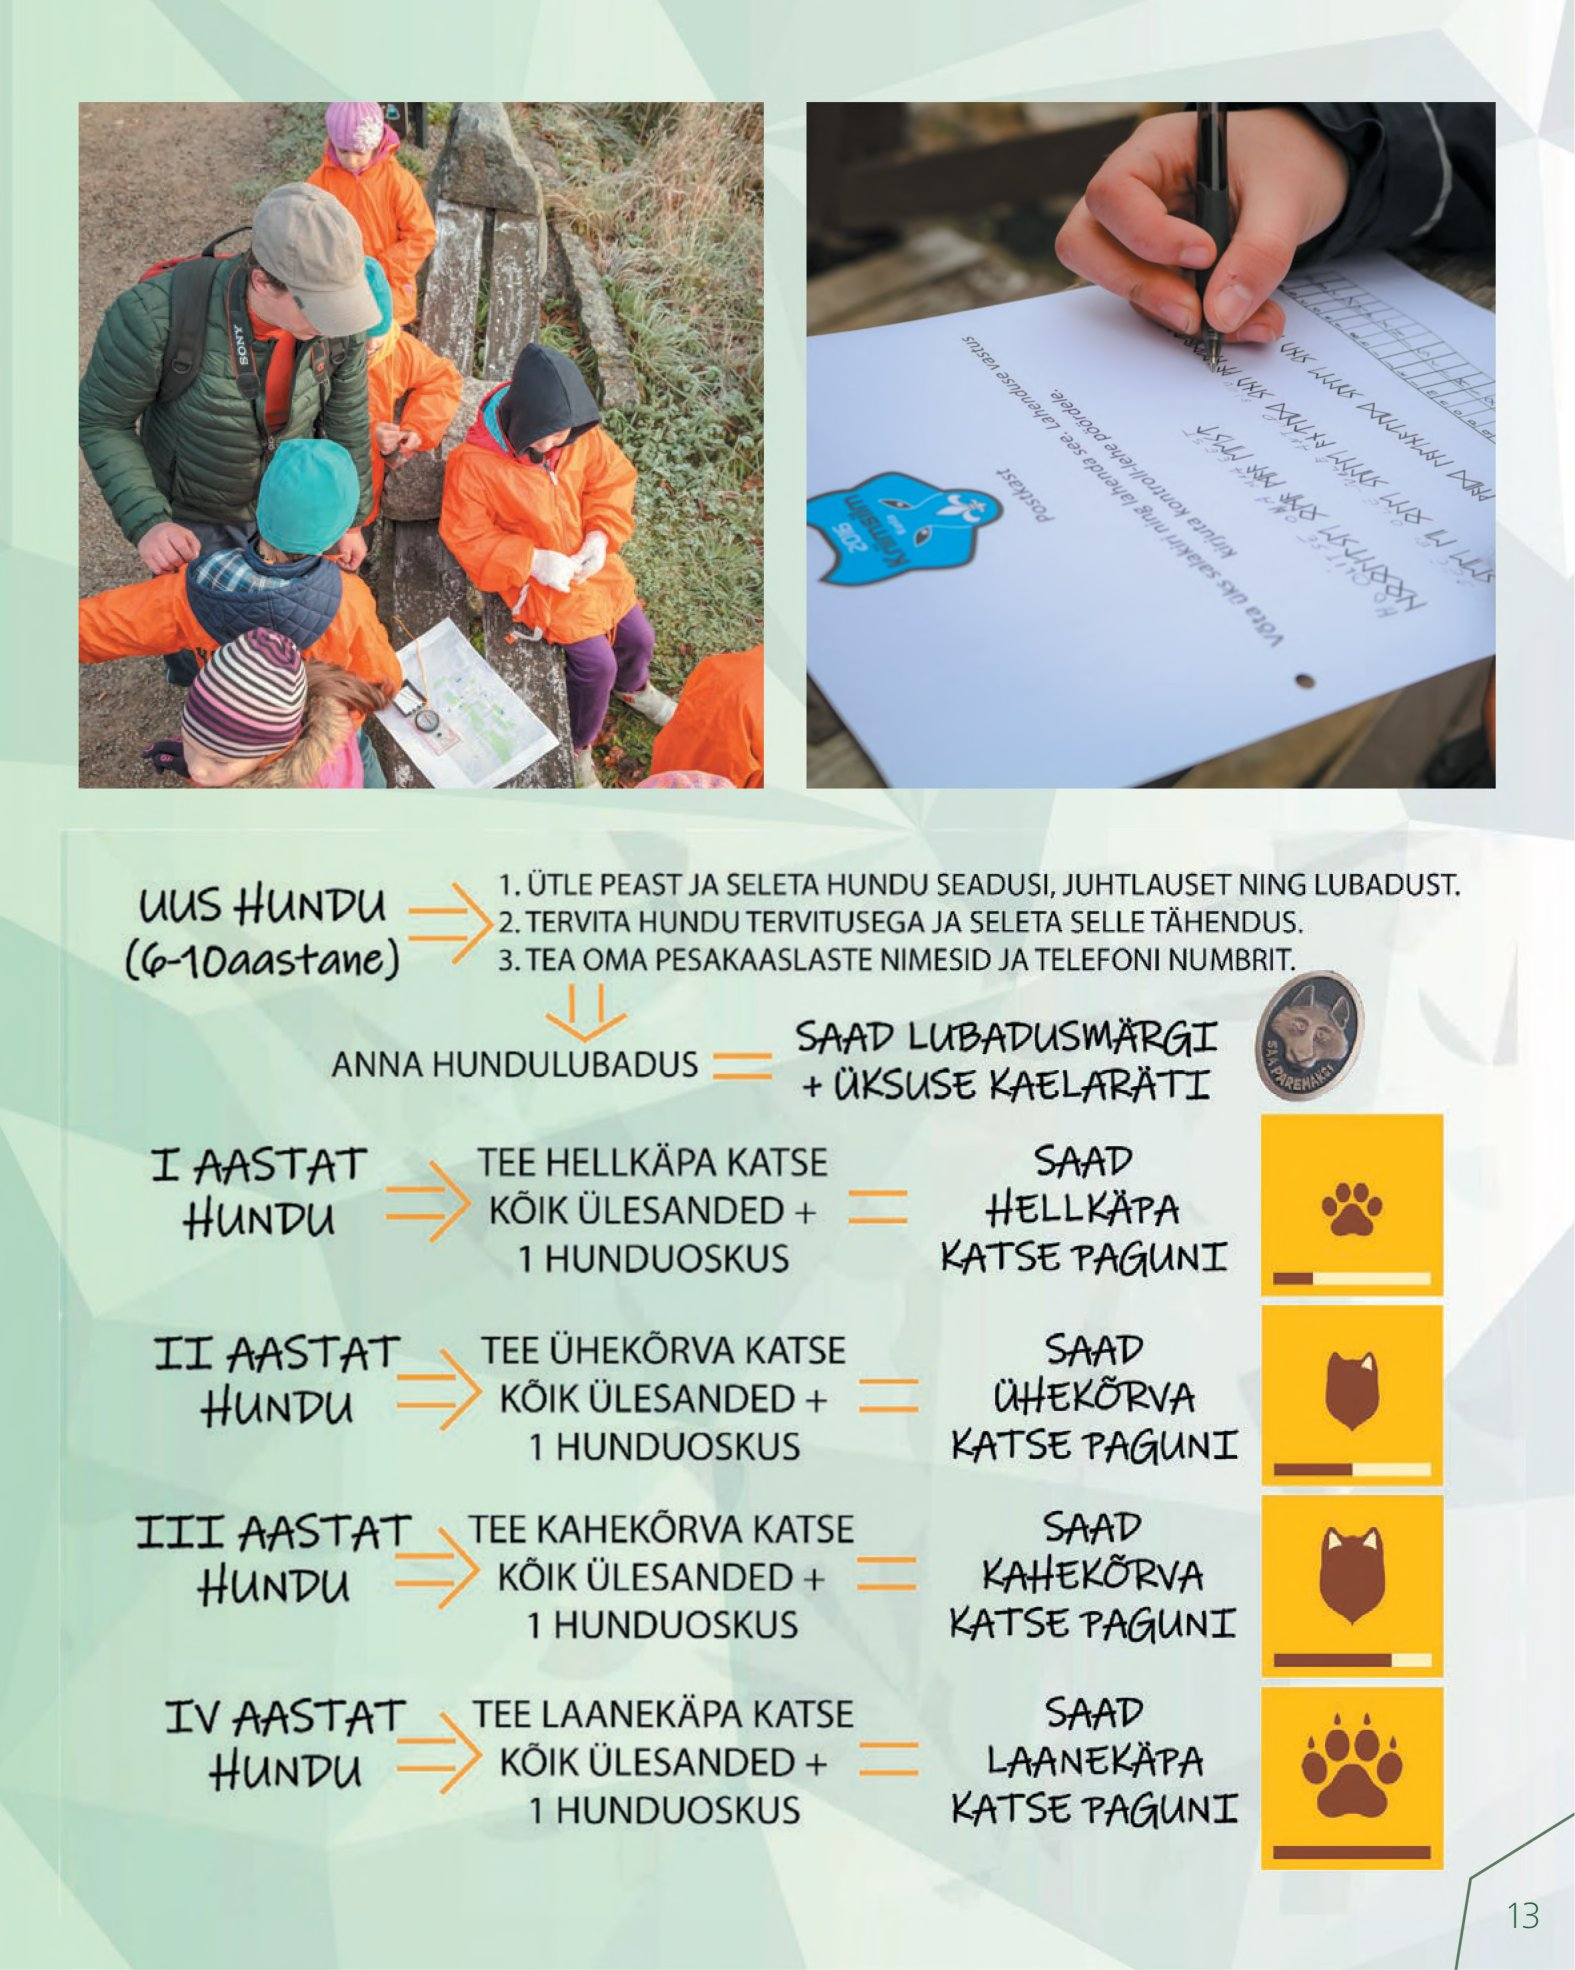
Language: et